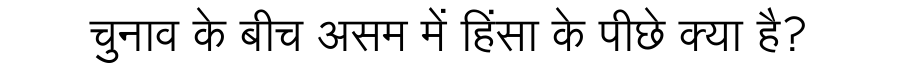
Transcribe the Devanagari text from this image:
चुनाव के बीच असम में हिंसा के पीछे क्या है?